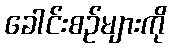
ခေါင်းစဉ်များကို